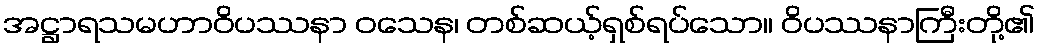
အဋ္ဌာရသမဟာဝိပဿနာ ဝသေန၊ တစ်ဆယ့်ရှစ်ရပ်သော။ ဝိပဿနာကြီးတို့၏